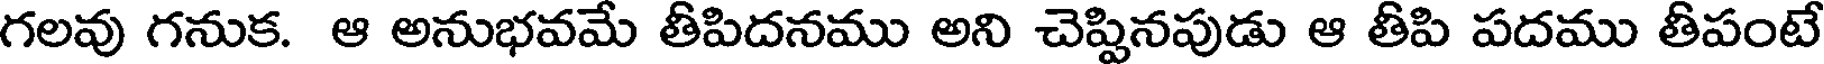
గలవు గనుక. ఆ అనుభవమే తీపిదనము అని చెప్పినపుడు ఆ తీపి పదము తీపంటే